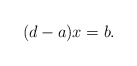
\begin{align*}(d-a)x=b.\end{align*}